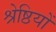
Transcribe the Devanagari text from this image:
श्रेष्ठियों